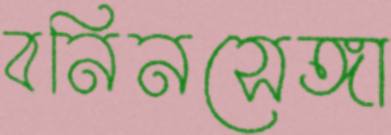
বনিনসেঙ্গা